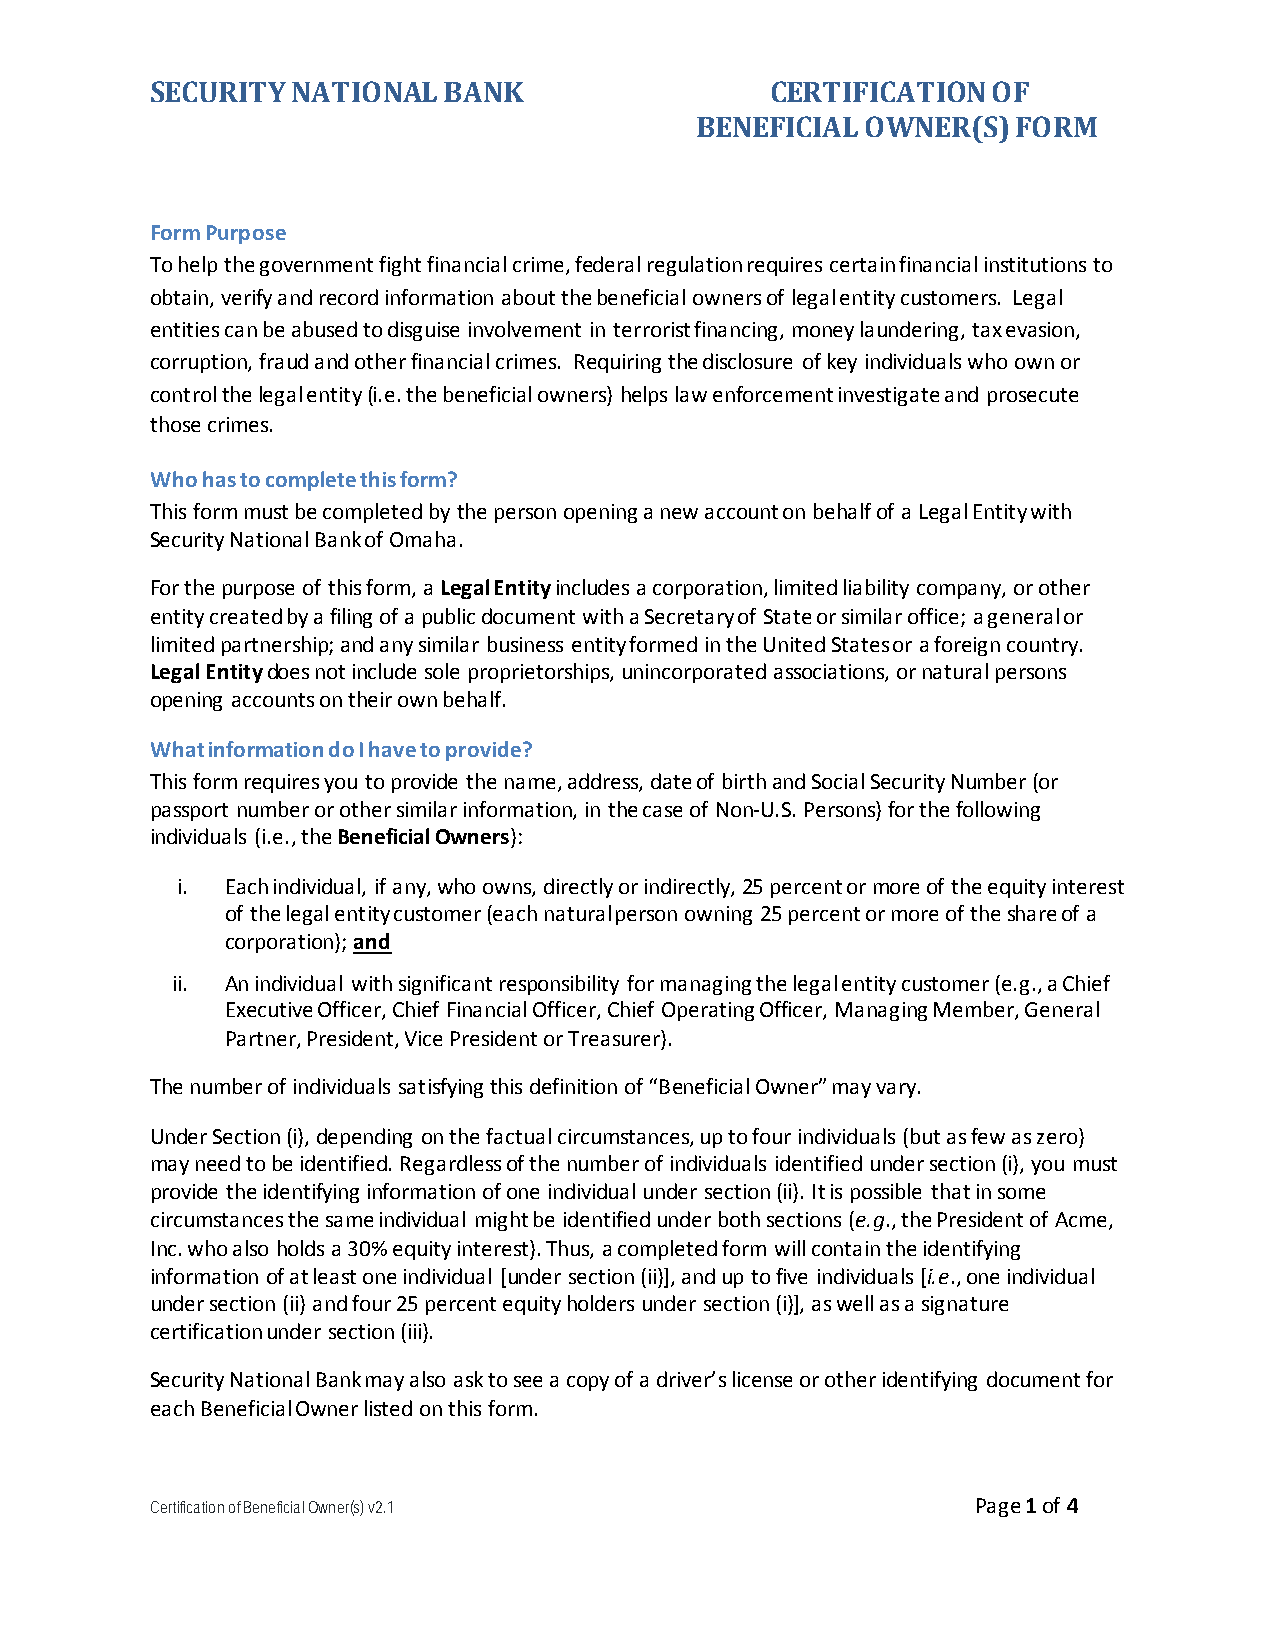
SECURITY NATIONAL  BANK                  CERTIFICATION  OF
 BENEFICIAL OWNER(S)  FORM
 Form Purpose
 To help the government fight financial crime, federal regulation requires certain financial institutions to
 obtain, verify and record information about the beneficial owners of legal entity customers. Legal
 entities can be abused to disguise involvement in terrorist financing, money laundering, tax evasion,
 corruption, fraud and other financial crimes. Requiring the disclosure of key individuals who own or
 control the legal entity (i.e. the beneficial owners) helps law enforcement investigate and prosecute
 those crimes.
 Who has to complete this form?
 This form must be completed by the person opening a new account on behalf of a Legal Entity with
 Security National Bank of Omaha.
 For the purpose of this form, a Legal Entity includes a corporation, limited liability company, or other
 entity created by a filing of a public document with a Secretary of State or similar office; a general or
 limited partnership; and any similar business entity formed in the United States or a foreign country.
 Legal Entity does not include sole proprietorships, unincorporated associations, or natural persons
 opening accounts on their own behalf.
 What information do I have to provide?
 This form requires you to provide the name, address, date of birth and Social Security Number (or
 passport number or other similar information, in the case of Non-U.S. Persons) for the following
 individuals (i.e., the Beneficial Owners):
 i. Each individual, if any, who owns, directly or indirectly, 25 percent or more of the equity interest
 of the legal entity customer (each natural person owning 25 percent or more of the share of a
 corporation); and
 ii. An individual with significant responsibility for managing the legal entity customer (e.g., a Chief
 Executive Officer, Chief Financial Officer, Chief Operating Officer, Managing Member, General
 Partner, President, Vice President or Treasurer).
 The number of individuals satisfying this definition of “Beneficial Owner” may vary.
 Under Section (i), depending on the factual circumstances, up to four individuals (but as few as zero)
 may need to be identified. Regardless of the number of individuals identified under section (i), you must
 provide the identifying information of one individual under section (ii). It is possible that in some
 circumstances the same individual might be identified under both sections (e.g., the President of Acme,
 Inc. who also holds a 30% equity interest). Thus, a completed form will contain the identifying
 information of at least one individual [under section (ii)], and up to five individuals [i.e., one individual
 under section (ii) and four 25 percent equity holders under section (i)], as well as a signature
 certification under section (iii).
 Security National Bank may also ask to see a copy of a driver’s license or other identifying document for
 each Beneficial Owner listed on this form.
 Certification of Beneficial Owner(s) v2.1              Page 1 of 4